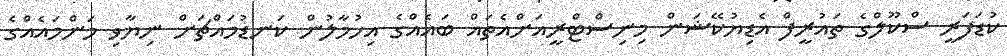
ކުޑަފަރީ ސްކޫލްގެ ތައުރީފް އެޑިޔުކޭޝަން މިނިސްޓްރީއަށްއެތައް ބައެއްގެ އިހުމާލުން ކަނޑުމައްޗަށް ނިޔާވި މަންމައެއްގެ